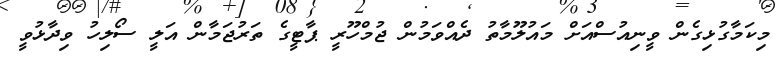
މިކަމާގުޅިގެން ވީނިއުސްއަށް މައުލޫމާތު ދެއްވަމުން ޖުމްހޫރީ ޕާޓީގެ ތަރުޖަމާން އަލީ ސޯލިހު ވިދާޅުވީ